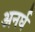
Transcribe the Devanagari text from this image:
अनर्घ